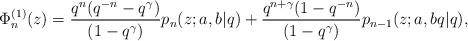
LaTeX: \begin{align*}\Phi_n^{(1)}(z)=\frac{q^n(q^{-n}-q^\gamma)}{(1-q^\gamma)}p_n(z;a,b|q) +\frac{q^{n+\gamma}(1-q^{-n})}{(1-q^\gamma)}p_{n-1}(z;a,bq|q), \end{align*}